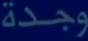
وجدة